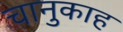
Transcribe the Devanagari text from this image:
चानुकाह